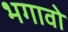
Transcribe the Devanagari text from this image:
भगावो